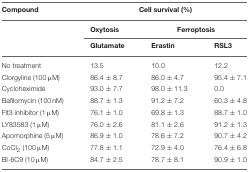
| Compound | <COLSPAN=3> Cell survival (%) |
 |  | Oxytosis | <COLSPAN=2> Ferroptosis |
 |  | Glutamate | Erastin | RSL3 |
 | --- | --- | --- | --- |
 | No treatment | 13.5 | 10.0 | 12.2 |
 | Clorgyline (100 μM) | 86.4 ± 8.7 | 86.0 ± 4.7 | 95.4 ± 7.1 |
 | Cycloheximide | 93.0 ± 7.7 | 98.0 ± 11.3 | 0.0 |
 | Bafilomycin (100 nM) | 88.7 ± 1.3 | 91.2 ± 7.2 | 60.3 ± 4.8 |
 | Flt3 inhibitor (1 μM) | 76.1 ± 1.0 | 69.8 ± 1.3 | 88.7 ± 1.0 |
 | LY83583 (1 μM) | 76.0 ± 2.6 | 81.1 ± 2.6 | 91.2 ± 1.3 |
 | Apomorphine (5 μM) | 86.9 ± 1.0 | 78.6 ± 7.2 | 90.7 ± 4.2 |
 | CoCl2 (100 μM) | 77.8 ± 1.1 | 72.9 ± 4.0 | 76.4 ± 6.8 |
 | BI-6C9 (10 μM) | 84.7 ± 2.5 | 78.7 ± 8.1 | 90.9 ± 1.0 |